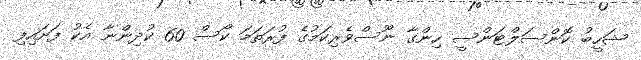
ޝަހީބު ކޮންސަލްޓަންސީ ހިންގާ ނޫސްވެރިކަމުގެ ފުރަތަމަ ކޯސް 60 ކުދިންނާ އެކު ފަށައިފި